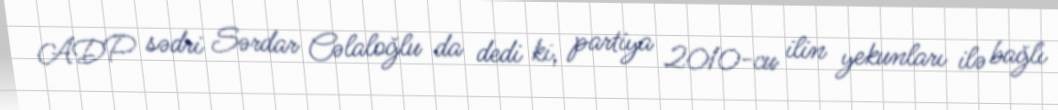
ADP sədri Sərdar Cəlaloğlu da dedi ki, partiya 2010-cu ilin yekunları ilə bağlı